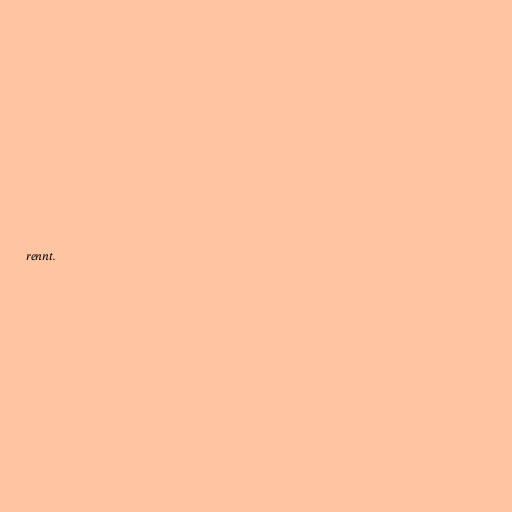
rennt.